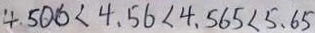
4 . 5 0 6 < 4 . 5 6 < 4 . 5 6 5 < 5 . 6 5